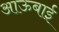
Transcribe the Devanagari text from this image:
आऊबाई